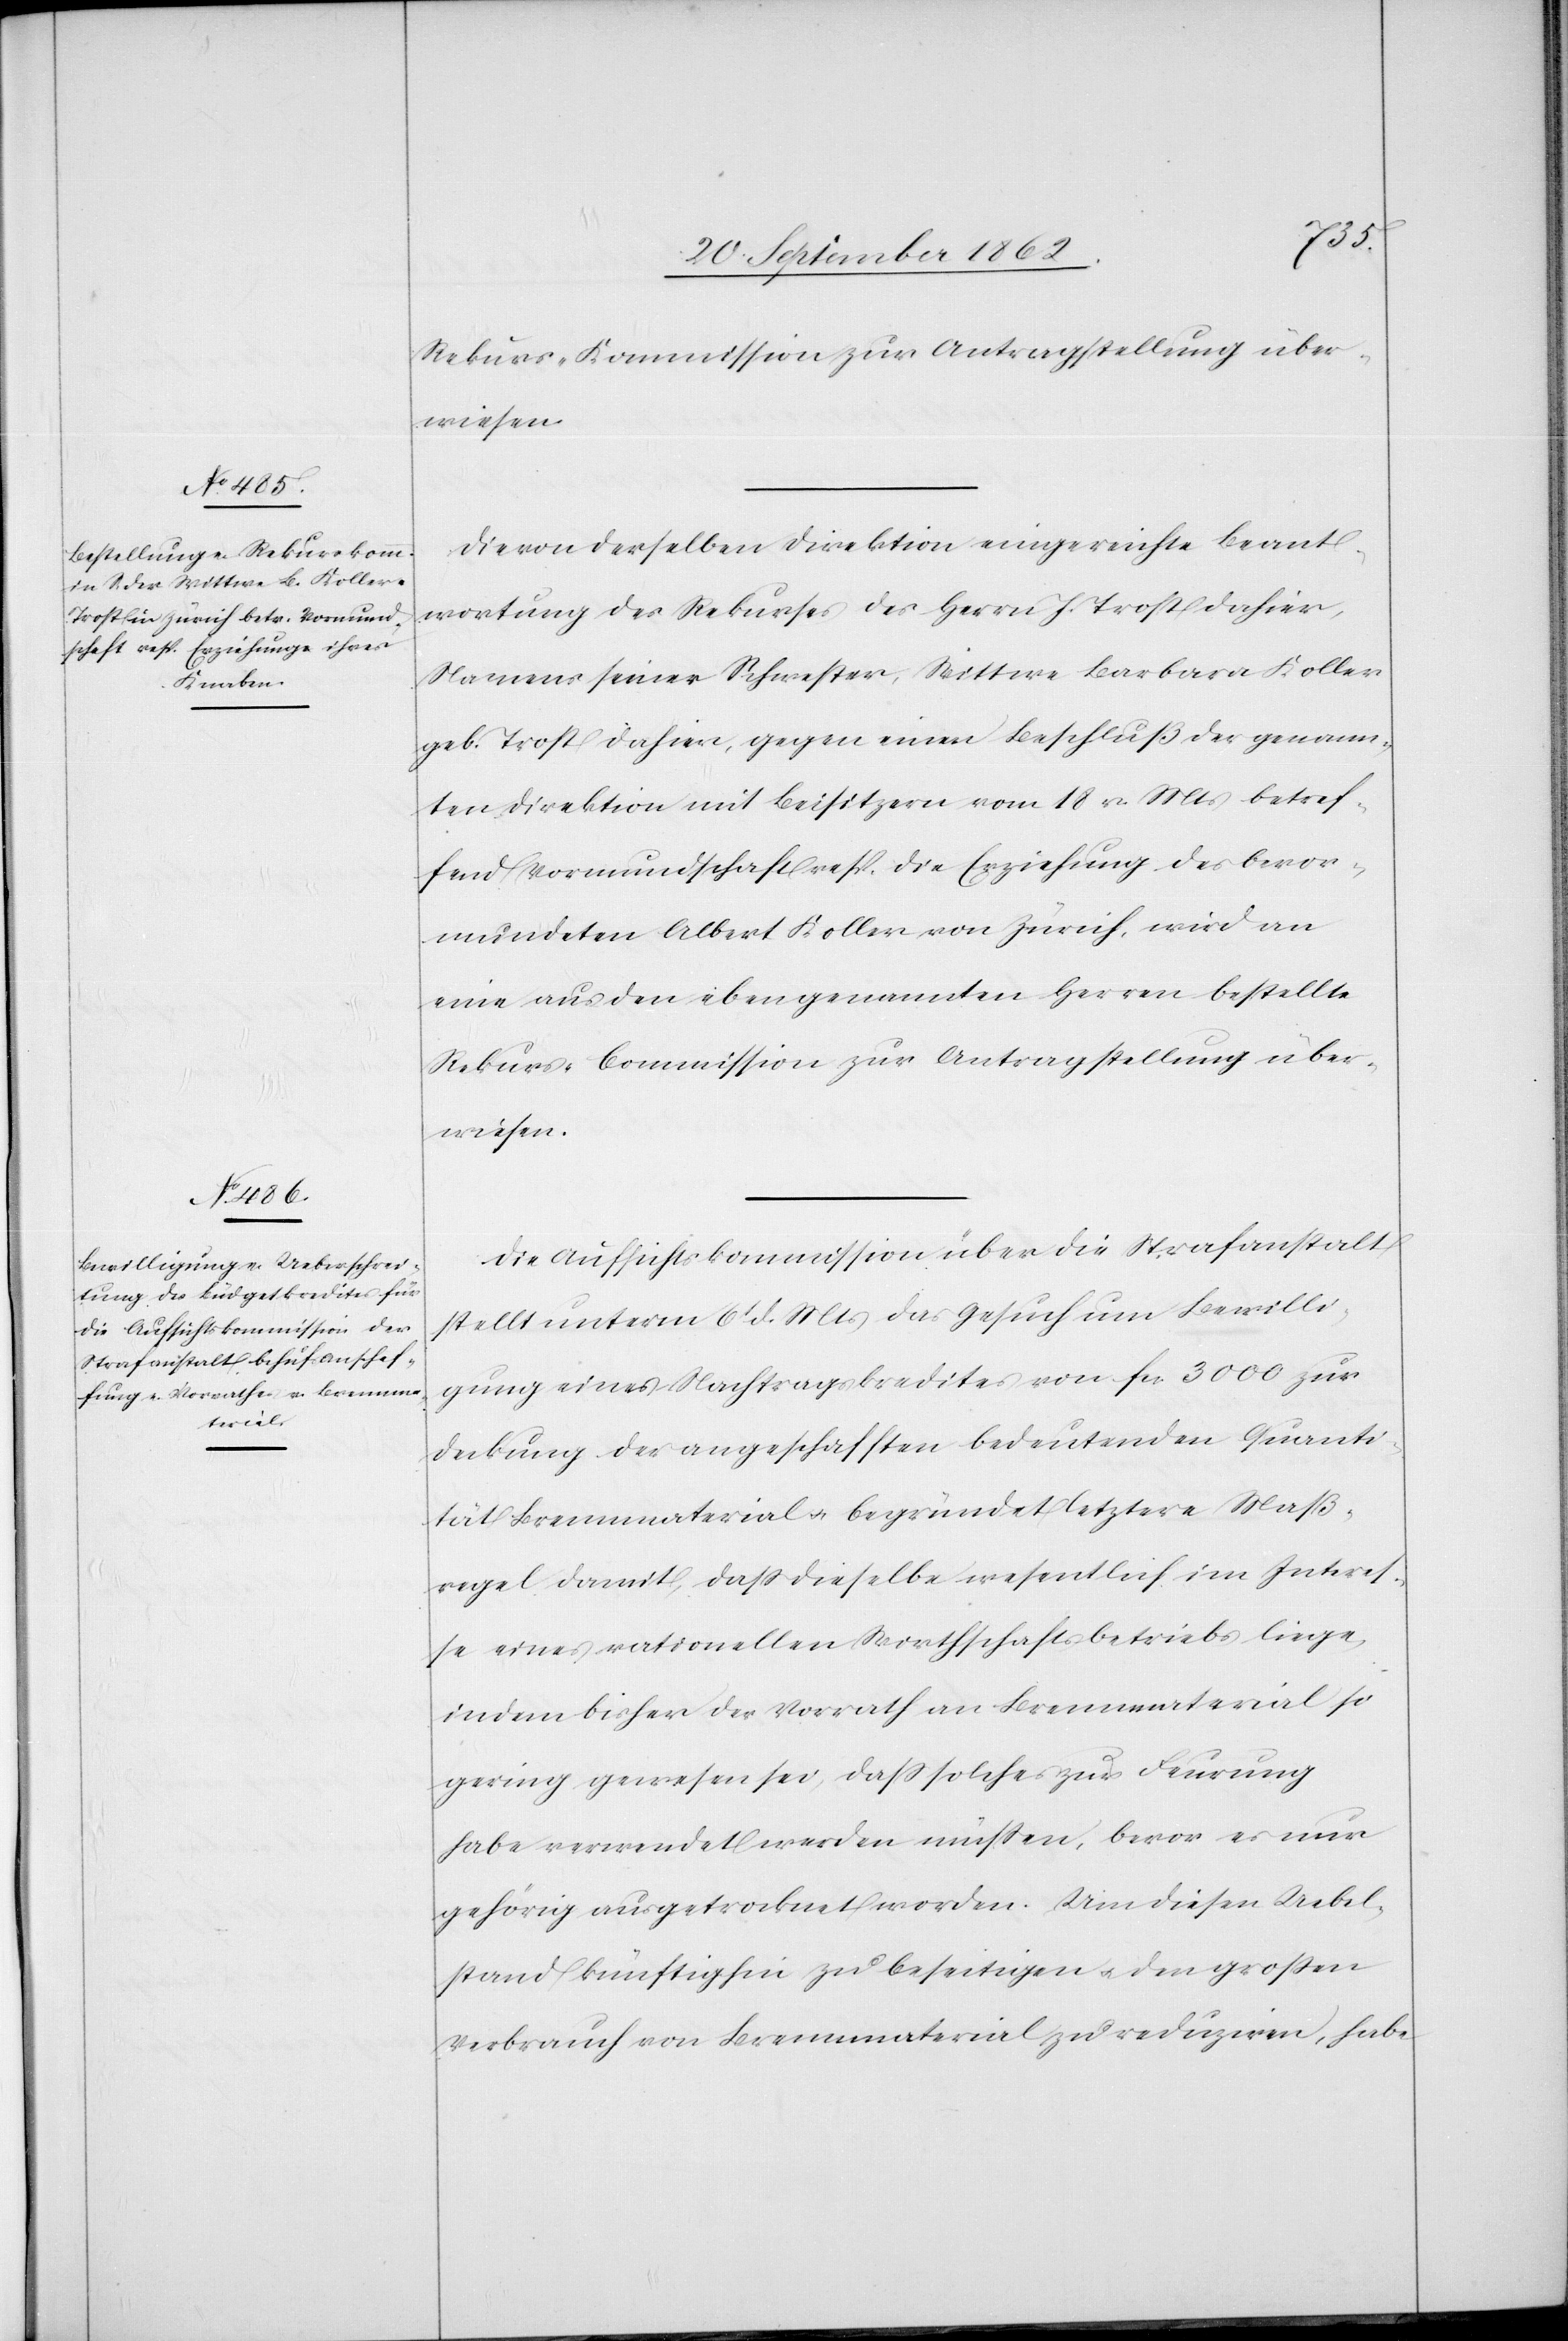
Rekurs-Kommission zur Antragstellung über¬
wiesen.
Die von derselben Direktion eingereichte Beant¬
wortung des Rekurses des Herrn J. Trost dahier,
Namens seiner Schwester, Wittwe Barbara Koller
geb. Trost dahier, gegen einen Beschluß der genann¬
ten Direktion mit Beisitzern vom 18. v. Mts. betref¬
fend Vormundschaft resp. die Erziehung des bevor¬
mundeten Albert Koller von Zürich, wird an
eine aus den eben genannten Herren bestellte
Rekurs-Commission zur Antragstellung über¬
wiesen.
Die Aufsichtskommission über die Strafanstalt
stellt unterm 6t d. Mts. das Gesuch um Bewilli¬
gung eines Nachtragskredites von fcs. 3000 zur
Deckung der angeschafften bedeutenden Quanti¬
tät Brennmaterial u. begründet letztere Maß¬
regel damit, daß dieselbe wesentlich im Interes¬
se eines rationellen Wirthschaftsbetriebs liege,
indem bisher der Vorrath an Brennmaterial so
gering gewesen sei, daß solches zur Feurung
habe verwendet werden müßen, bevor es nur
gehörig ausgetrocknet worden. Um diesen Uebel¬
stand künftighin zu beseitigen u. den großen
Verbrauch von Brennmaterial zu reduziren, habe